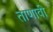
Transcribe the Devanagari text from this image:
ताणावी